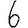
Digit: 6